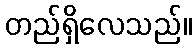
တည်ရှိလေသည်။